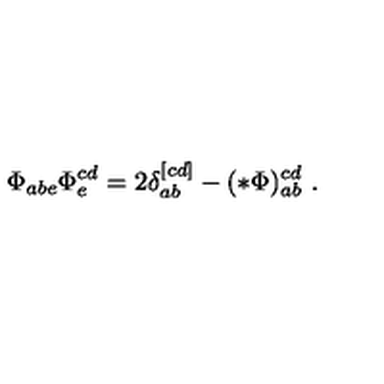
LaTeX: \Phi _ { a b e } \Phi _ { e } ^ { c d } = 2 \delta _ { a b } ^ { [ c d ] } - ( * \Phi ) _ { a b } ^ { c d } \ .